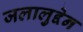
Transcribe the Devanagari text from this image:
जलालुद्देन